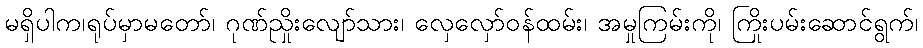
မရှိပါက၊ရုပ်မှာမတော်၊ ဂုဏ်ညှိုးလျော်သား၊ လှေလှော်ဝန်ထမ်း၊ အမှုကြမ်းကို၊ ကြိုးပမ်းဆောင်ရွက်၊